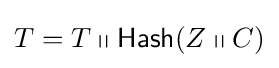
T=T\shortparallel {\mathsf {Hash}}(Z\shortparallel C)